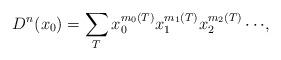
LaTeX: \begin{align*}D^n(x_0)=\sum_{T}{x_0^{m_0(T)}x_1^{m_1(T)}x_2^{m_2(T)}\cdots},\end{align*}